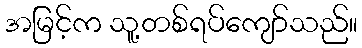
အမြင့်က သူ့တစ်ရပ်ကျော်သည်။